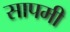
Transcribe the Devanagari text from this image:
सापमी